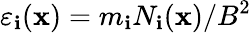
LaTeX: \varepsilon_{\mathbf{i}}({\mathbf{x}})={m_{\mathbf{i}}N_{\mathbf{i}}({\mathbf{x}})/B^{2}}